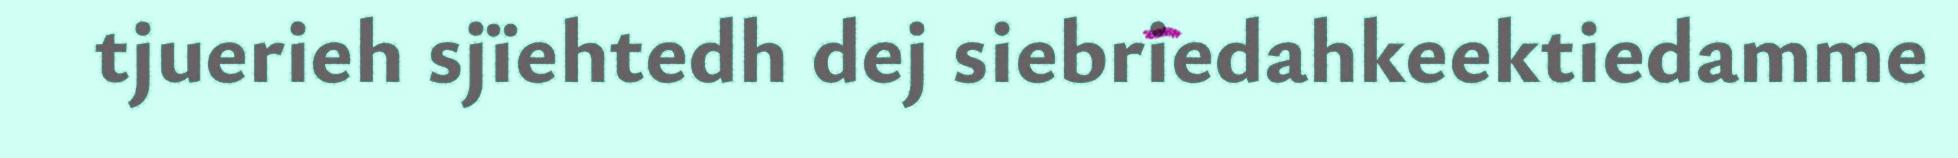
tjuerieh sjïehtedh dej siebriedahkeektiedamme